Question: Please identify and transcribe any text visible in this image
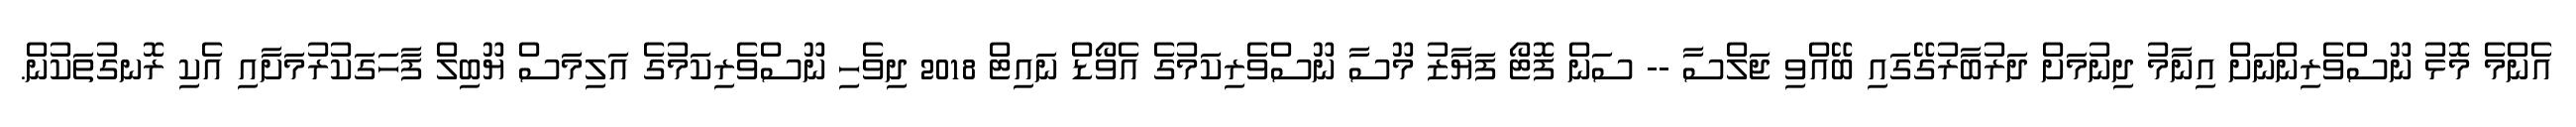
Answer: އެންމެ މޮޅު ނޫސްވެރިންނަށް އިނާމު ދިނުމަށް ދަރުބާރުގޭގައި ބޭއްވި ޖަލްސާ -- ސަން ފޮޓޯ ފަޔާޒު މޫސާ ނޫސްވެރިކަމުގެ އެވޯޑް ނައިޓް 2018 ދިވެހި ނޫސްވެރިކަމުގެ އަލިމަސް ޔޫބިލް ފާހަގަކުރުމަށާއި އެކި ރޮނގުތަކުން.